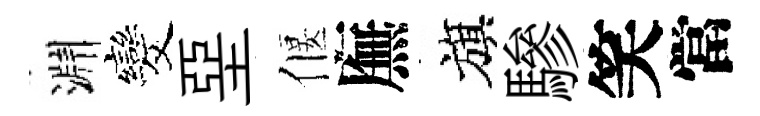
淵发堊偃廡旗驂笑當